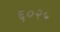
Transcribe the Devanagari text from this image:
६०२५